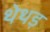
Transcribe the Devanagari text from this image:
थेथड़